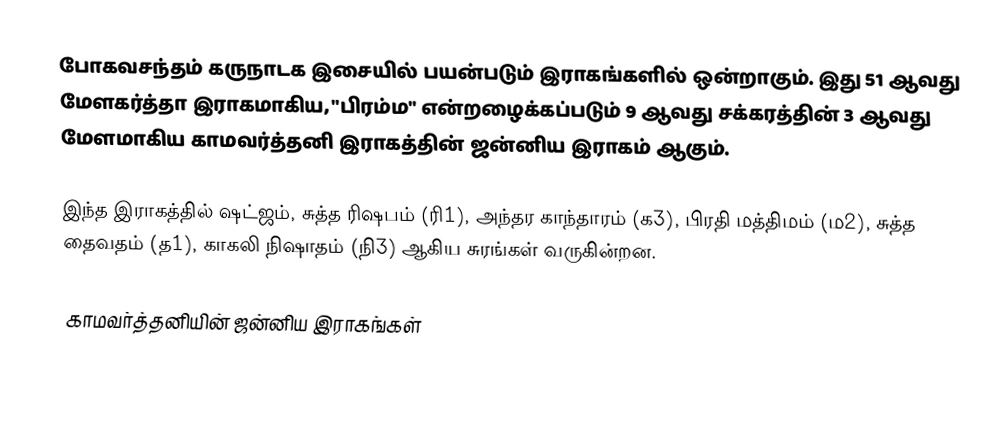
போகவசந்தம் கருநாடக இசையில் பயன்படும் இராகங்களில் ஒன்றாகும். இது 51 ஆவது மேளகர்த்தா இராகமாகிய, "பிரம்ம" என்றழைக்கப்படும் 9 ஆவது சக்கரத்தின் 3 ஆவது மேளமாகிய காமவர்த்தனி இராகத்தின் ஜன்னிய இராகம் ஆகும்.

இந்த இராகத்தில் ஷட்ஜம், சுத்த ரிஷபம் (ரி1),  அந்தர காந்தாரம் (க3), பிரதி மத்திமம் (ம2), சுத்த தைவதம் (த1), காகலி நிஷாதம்  (நி3) ஆகிய சுரங்கள் வருகின்றன.

காமவர்த்தனியின் ஜன்னிய இராகங்கள்